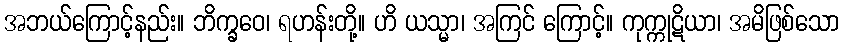
အဘယ်ကြောင့်နည်း။ ဘိက္ခဝေ၊ ရဟန်းတို့။ ဟိ ယသ္မာ၊ အကြင် ကြောင့်။ ကုက္ကုဋိယာ၊ အမိဖြစ်သော